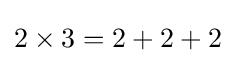
2\times 3=2+2+2